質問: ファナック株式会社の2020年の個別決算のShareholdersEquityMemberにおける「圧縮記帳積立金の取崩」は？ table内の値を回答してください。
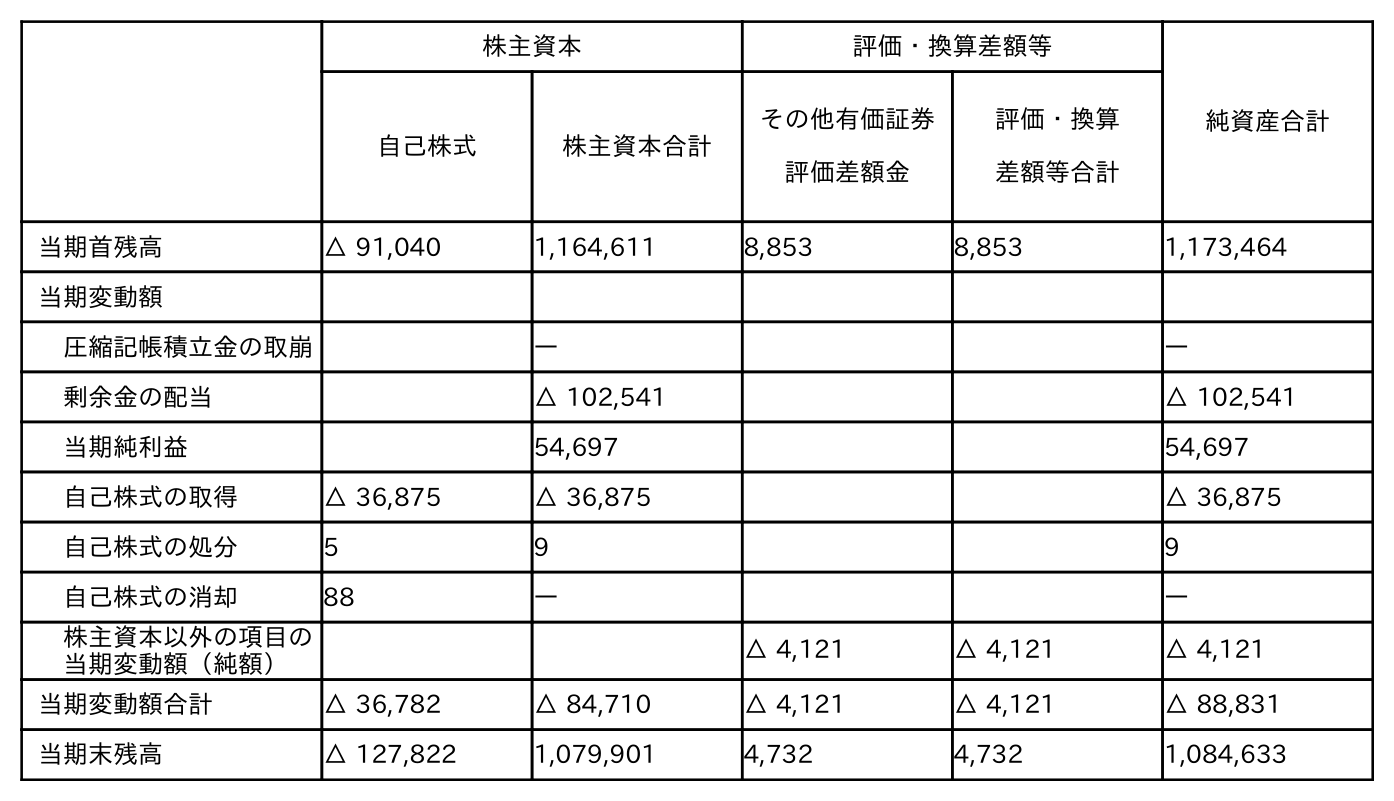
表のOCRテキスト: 株主資本 評価・換算差額等 純資産合計 自己株式 株主資本合計 その他有価証券 評価差額金 評価・換算 差額等合計 当期首残高 △ 91,040 1,164,611 8,853 8,853 1,173,464 当期変動額 圧縮記帳積立金の取崩 ― ― 剰余金の配当 △ 102,541 △ 102,541 当期純利益 54,697 54,697 自己株式の取得 △ 36,875 △ 36,875 △ 36,875 自己株式の処分 5 9 9 自己株式の消却 88 ― ― 株主資本以外の項目の 当期変動額（純額） △ 4,121 △ 4,121 △ 4,121 当期変動額合計 △ 36,782 △ 84,710 △ 4,121 △ 4,121 △ 88,831 当期末残高 △ 127,822 1,079,901 4,732 4,732 1,084,633
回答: ―